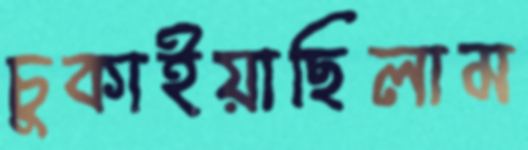
চুকাইয়াছিলাম